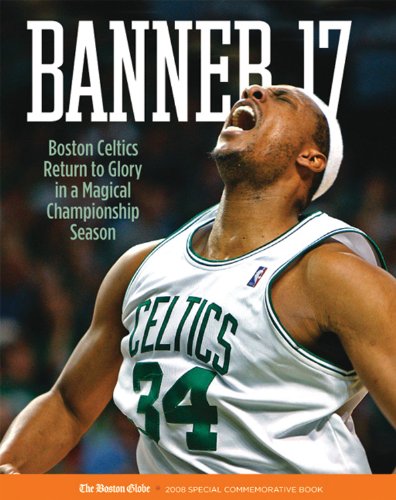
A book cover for Banner 17: Boston Celtics Return to Glory in a Magical Championship Season; The Boston Globe; Sports & Outdoors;